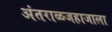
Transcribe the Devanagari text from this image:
अंतराळजहाजाला